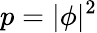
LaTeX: p=|\phi|^{2}